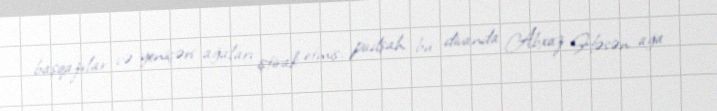
başqazılar və yeniçəri ağaları iştirak etmiş, padşah bu divanda Abxaz Həsən ağa